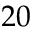
2 0